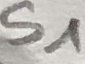
Text: S1